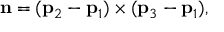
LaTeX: \mathbf { n } = ( \mathbf { p } _ { 2 } - \mathbf { p } _ { 1 } ) \times ( \mathbf { p } _ { 3 } - \mathbf { p } _ { 1 } ) ,